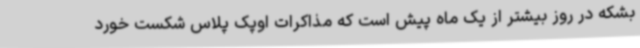
بشکه در روز بیشتر از یک ماه پیش است که مذاکرات اوپک پلاس شکست خورد